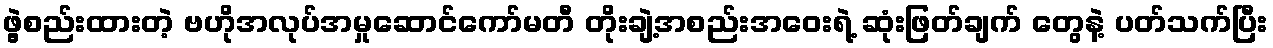
ဖွဲ့စည်းထားတဲ့ ဗဟိုအလုပ်အမှုဆောင်ကော်မတီ တိုးချဲ့အစည်းအဝေးရဲ့ ဆုံးဖြတ်ချက် တွေနဲ့ ပတ်သက်ပြီး